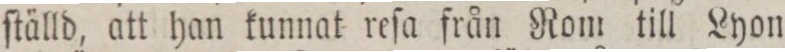
ſtälld, att han kunnat reſa från Rom till Lyon